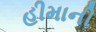
હીમાની